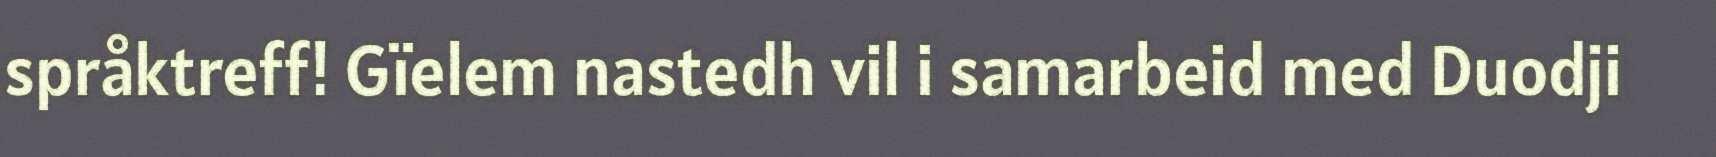
språktreff! Gïelem nastedh vil i samarbeid med Duodji